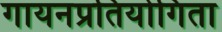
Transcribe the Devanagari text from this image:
गायनप्रतियोगिता